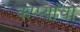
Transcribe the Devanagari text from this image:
कप्प्यांचा